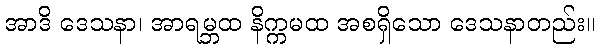
အာဒိ ဒေသနာ၊ အာရမ္ဘထ နိက္ကမထ အစရှိသော ဒေသနာတည်း။